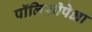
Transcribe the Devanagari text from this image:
पॉलिसीपेक्षा